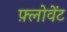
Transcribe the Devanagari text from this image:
फ़्लोवेंट